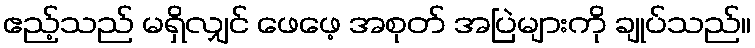
ဧည့်သည် မရှိလျှင် ဖေဖေ့ အစုတ် အပြဲများကို ချုပ်သည်။